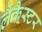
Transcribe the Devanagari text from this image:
लैंकैस्टर